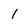
Character: 1